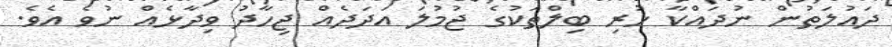
ދައުލަތުން ނުދައްކާ ހުރި ބިލްތަކުގެ ޖުމުލަ އަދަދެއް ޖިހާދު ވިދާޅެއް ނުވެ އެވެ.